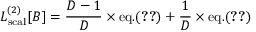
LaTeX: { \cal L } _ { \mathrm { s c a l } } ^ { ( 2 ) } [ B ] = { \frac { D - 1 } { D } } \times \mathrm { e q . } ( \ref { G a m m a 2 s c a l } ) + { \frac { 1 } { D } } \times \mathrm { e q . } ( \ref { G a m m a 2 s c a l p I } )